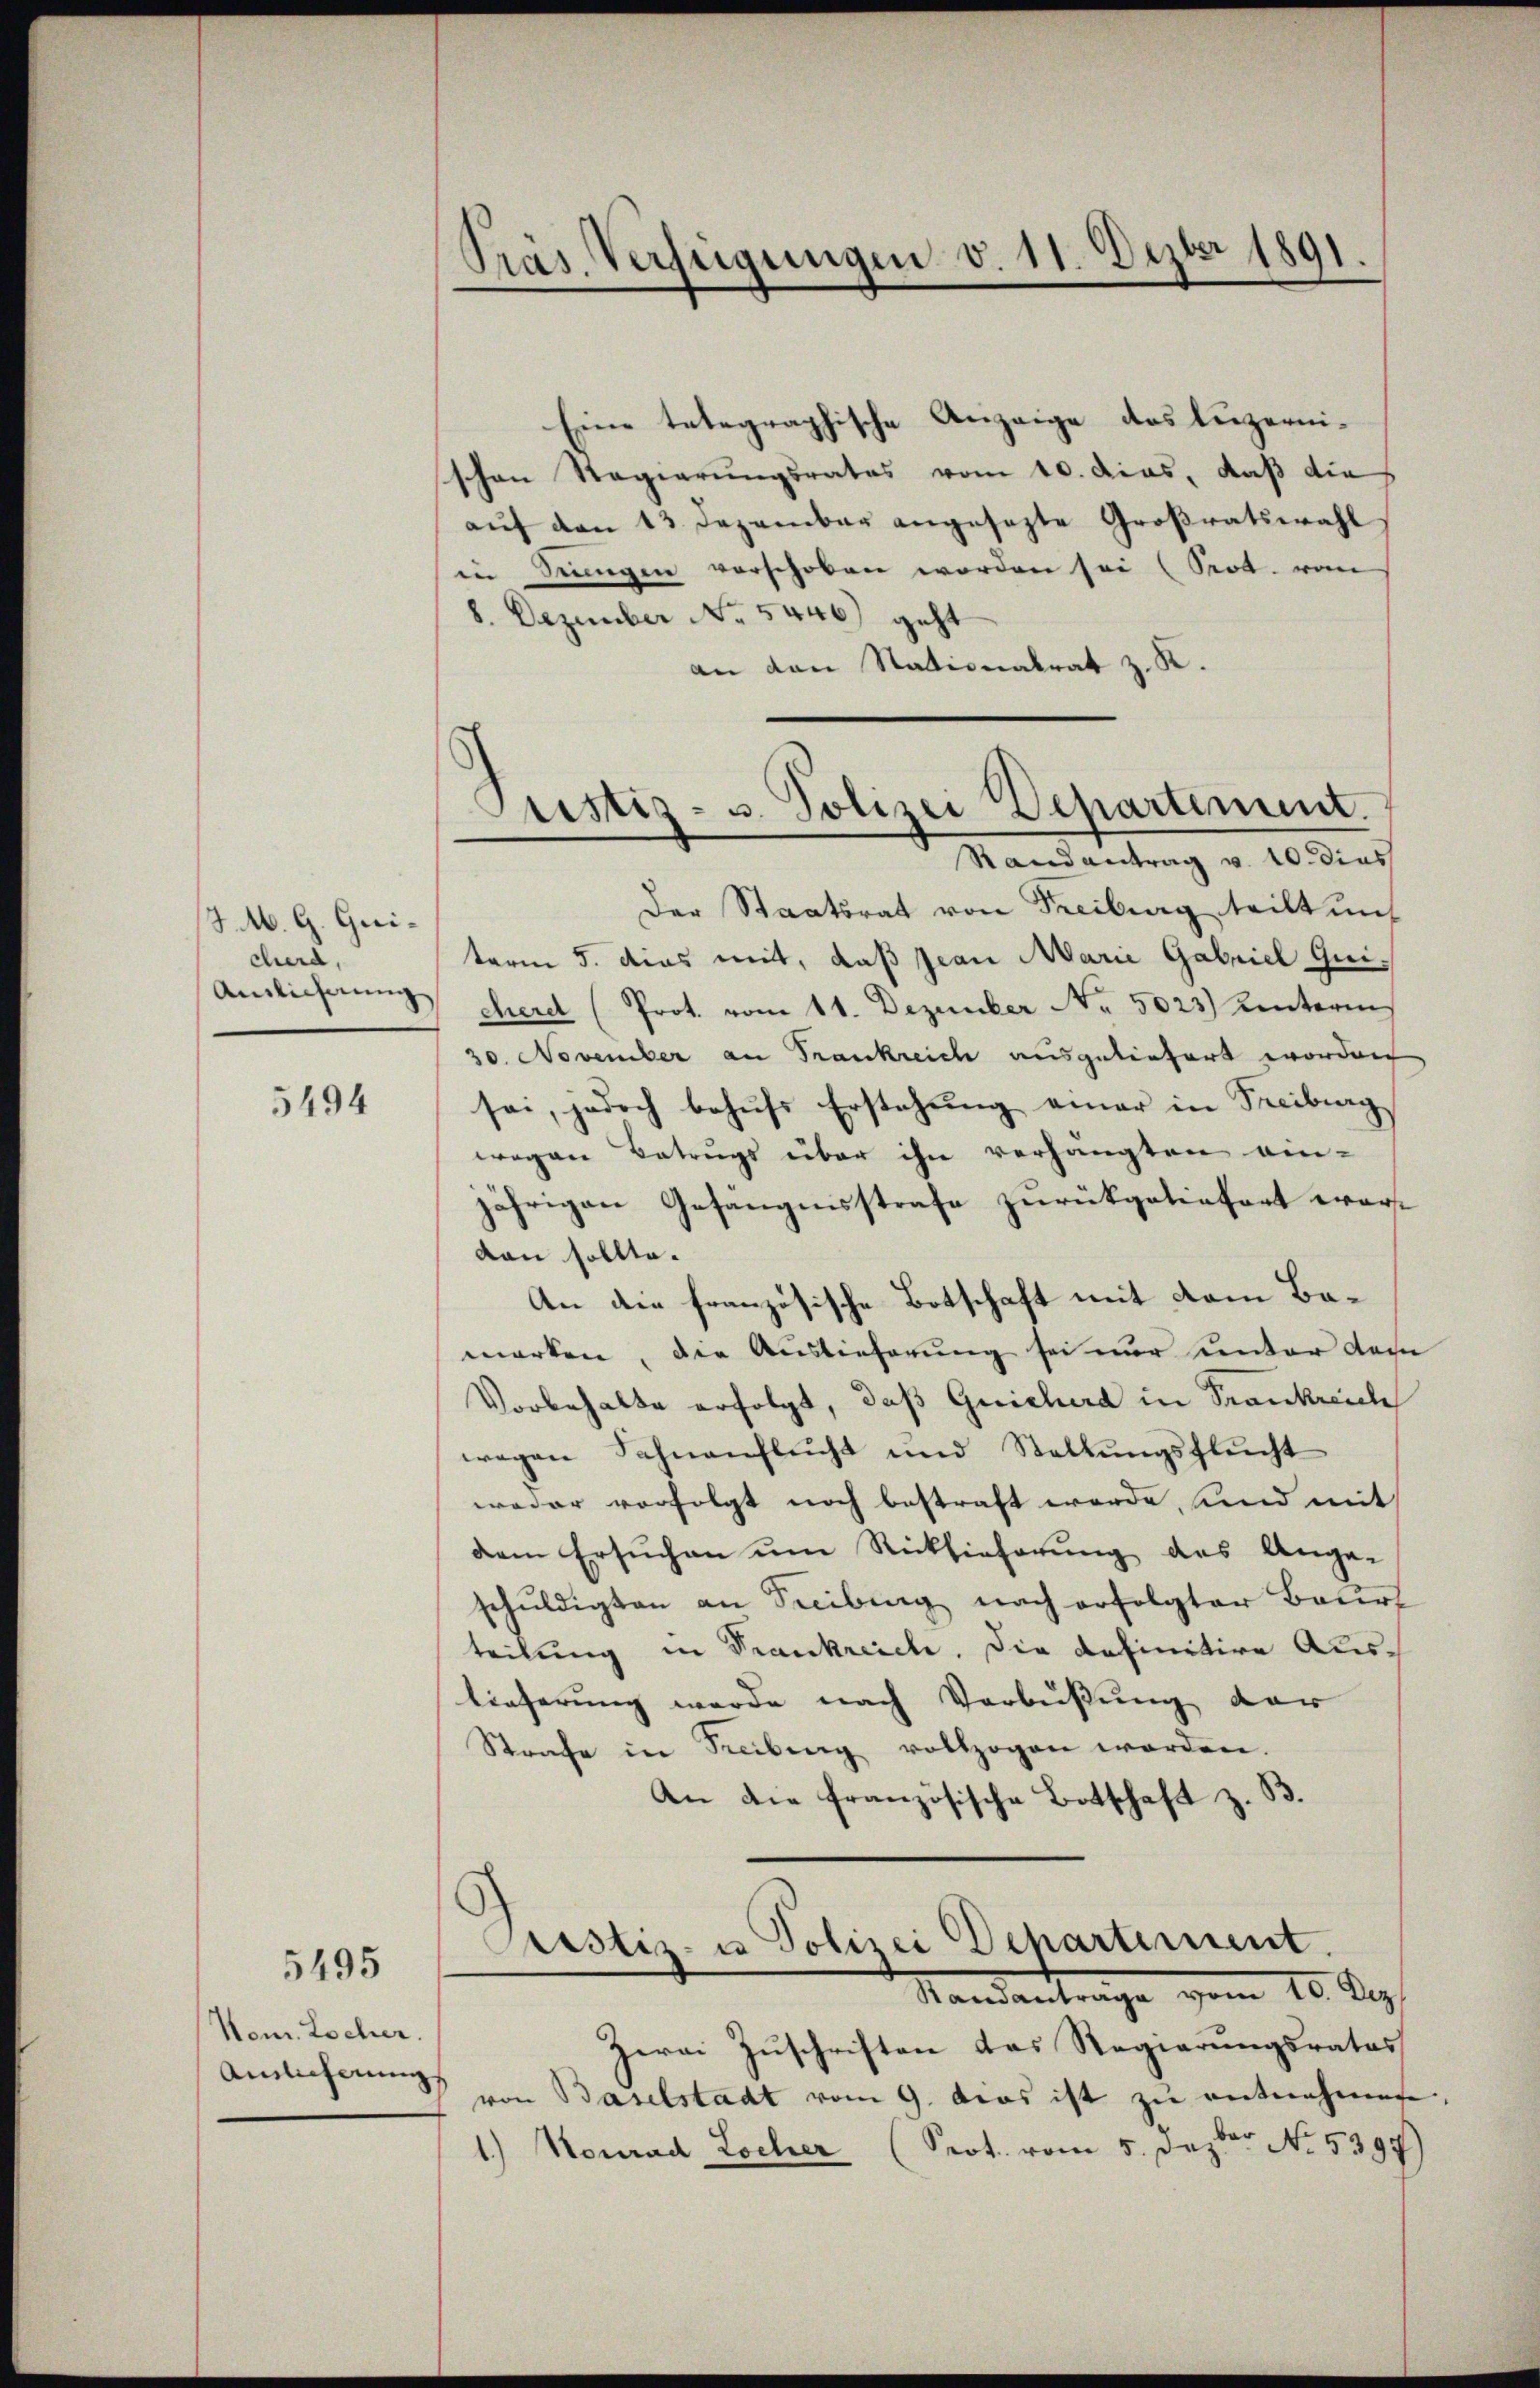
JM. G. Gui-
cherd,
Anlicherung

5494

5495

Nem. Locher
Ainlicherung

Präs. Verfügungen v. 11. Dezbr 1891.

Eine telegraphische Anzeige das luzernischen Regierungsrates vom 10. dies, daß die
aŭf den 13. Dezember angesezte Großratswahl
in Ringen verschoben worden sei (Prot. vom
8. Dezember No. 5446) geht
an den Stationalrat z. K.
Der Staatsrat von Freiburg teilt uns
term 5. dies mit, daß Jean Marie Gabriel Guichere (Prot. vom 11. Dezember Nr. 5023) unteren
30. November an Frankreich ausgeliefert worden,
sei, jedoch behŭfs Erstehŭng einer in Freiburg
wegen Betrugs über ihn verhängten ein-
jährigen Gefängnisstrafe zurükgeliefert wordann sollte.
An die französische Botschaft mit vom Bamerken, die Auslieferung sei nur unter dem
Vorbehalte erfolgt, daß Gericherd in Frankreich
wegen Sahnenflŭcht und Stellŭngsflŭcht
weder verfolgt noch bestraft werde, und mit
dem Ersuchen um Rücksicherung des Ange-
schŭldigten an Freibung nach erfolgter Baur
teilung in Trankreich. Die definitive Auslieferung wurde nach Verbüßung der
Strafe in Freibung vollzogen worden.
An die französische Botschaft z. B.

Herrn Zuschriften das Regierungsrates
von Baselstadt vom 9. dies ist zu entnehmene,
) Konrad Locher (Prot. vom 5. Jezter No. 5397)

Justiz- u. Polizei Departement.
Randantrag v. 10. dies

Justiz- u Polizei Departement.
Standantrage